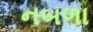
નબળા